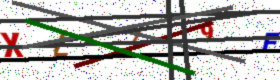
Text: XL79E